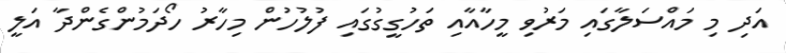
އަދި މި މައްސަލާގައި މަރުވި މީހާއާއި ތަހުގީގުގައި ފުލުހުން މިހާރު ހޯދަމުންގެންދާ އަލީ